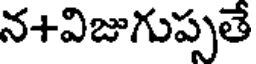
న+విజుగుప్పతే